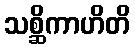
သစ္ဆိကာဟိတိ